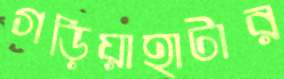
গড়িয়াহাটার